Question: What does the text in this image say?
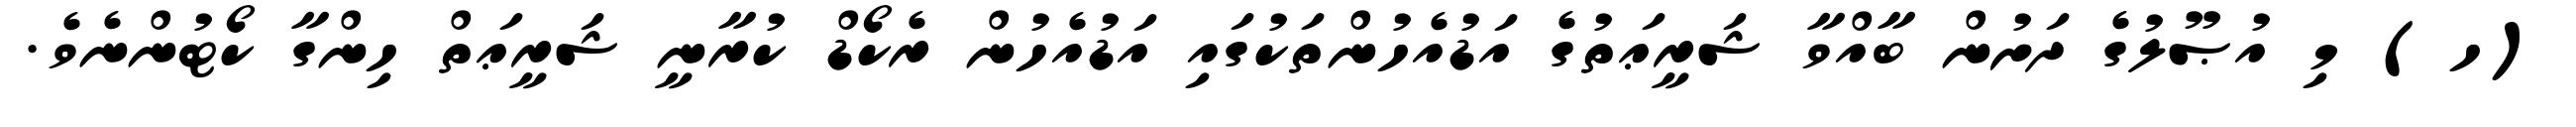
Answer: (ހ) މި އުޞޫލުގެ ދަށުން ބާއްވާ ޝަރީޢަތުގެ އަޑުއެހުންތަކުގައި އަޑުއެހުން ރެކޯޑް ކުރާނީ ޝަރީޢަތް ހިންގާ ކޯޓުންނެވެ.